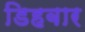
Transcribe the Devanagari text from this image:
डिहबार